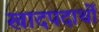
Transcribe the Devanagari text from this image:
खादपदार्थों